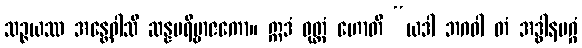
သဉ္ဇယဿ အန္တေဝါသီ ဆန္နပရိဗ္ဗာဇကော။ ဣဒံ ဝုတ္တံ ဟောတိ “ယဒါ ဘဂဝါ တံ အဒ္ဓါနမဂ္ဂံ